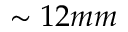
\sim 1 2 m m